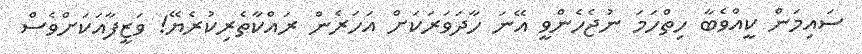
ސައިމަން ކީއްވެބާ ހިތްހަމަ ނުޖެހެންވީ އޭނަ ހާދަވަރަކަށް އަހަރެން ރައްކާތެރިކުރެޔޭ! ވަޒީފާއަކަށްވެސް